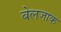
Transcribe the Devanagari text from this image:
बेलजाक